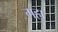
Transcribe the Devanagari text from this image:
गहा